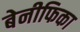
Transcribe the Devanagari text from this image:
बेनीफिका